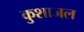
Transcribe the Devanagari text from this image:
कुशाजल